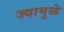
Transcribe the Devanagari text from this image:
ज्यामुळॆ